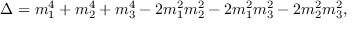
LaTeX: \Delta = m _ { 1 } ^ { 4 } + m _ { 2 } ^ { 4 } + m _ { 3 } ^ { 4 } - 2 m _ { 1 } ^ { 2 } m _ { 2 } ^ { 2 } - 2 m _ { 1 } ^ { 2 } m _ { 3 } ^ { 2 } - 2 m _ { 2 } ^ { 2 } m _ { 3 } ^ { 2 } ,